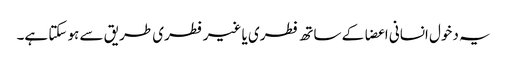
یہ دخول انسانی اعضا کے ساتھ فطری یا غیر فطری طریق سے ہو سکتا ہے۔